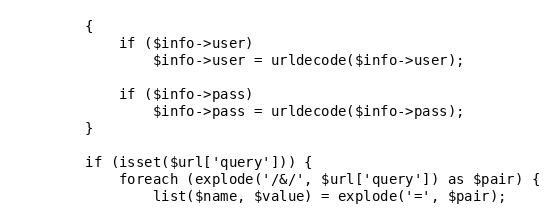
Language: PHP
		{
			if ($info->user)
				$info->user = urldecode($info->user);

			if ($info->pass)
				$info->pass = urldecode($info->pass);
		}

		if (isset($url['query'])) {
			foreach (explode('/&/', $url['query']) as $pair) {
				list($name, $value) = explode('=', $pair);